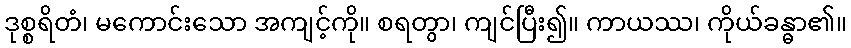
ဒုစ္စရိတံ၊ မကောင်းသော အကျင့်ကို။ စရတွာ၊ ကျင်ပြီး၍။ ကာယဿ၊ ကိုယ်ခန္ဓာ၏။